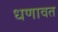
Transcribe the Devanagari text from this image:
धणावत